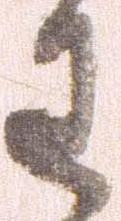
わ